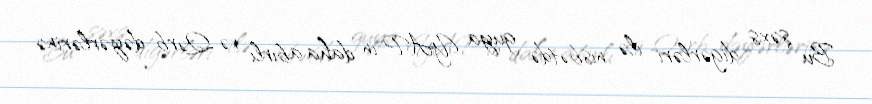
Bu şəxs digərləri ilə nisbətdə guya YAP-ın daha abırlı və Qərb dəyərlərinə